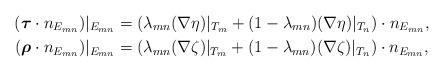
LaTeX: \begin{align*} (\boldsymbol{\tau} \cdot n_{E_{mn}})|_{E_{mn}} &= (\lambda_{mn} (\nabla \eta)|_{T_m} + (1-\lambda_{mn}) (\nabla \eta)|_{T_n})\cdot n_{E_{mn}},\\ (\boldsymbol{\rho} \cdot n_{E_{mn}})|_{E_{mn}} &= (\lambda_{mn} (\nabla \zeta)|_{T_m} + (1-\lambda_{mn}) (\nabla \zeta)|_{T_n})\cdot n_{E_{mn}},\end{align*}